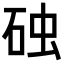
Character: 𪿛